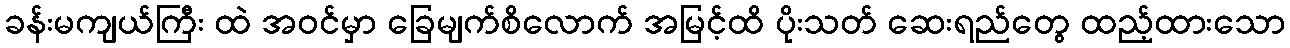
ခန်းမကျယ်ကြီး ထဲ အဝင်မှာ ခြေမျက်စိလောက် အမြင့်ထိ ပိုးသတ် ဆေးရည်တွေ ထည့်ထားသော